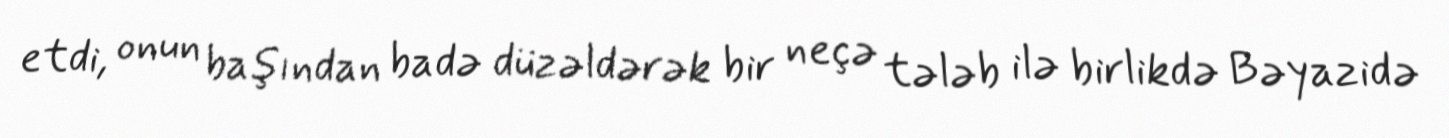
etdi, onun başından badə düzəldərək bir neçə tələb ilə birlikdə Bəyazidə